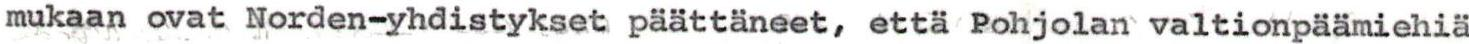
mukaan ovat Norden-yhdistykset päättäneet, että Pohjolan valtionpäämiehiä